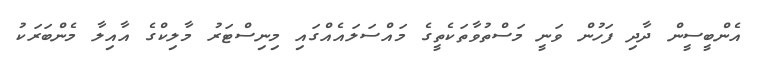
އެންބީސީން ދާދި ފަހުން ވަނީ މަސްތުވާތަކެތީގެ މައްސަލައެއްގައި މިނިސްޓަރު މާލިކްގެ އާއިލާ މެންބަރަކު